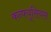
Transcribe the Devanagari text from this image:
कन्फ्यूसियस